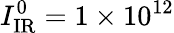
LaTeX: I_{\mathrm{IR}}^{0}=1\times 10^{12}